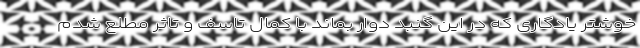
خوشتر یادگاری که در این گنبد دوار بماند با کمال تاسف و تاثر مطلع شدم